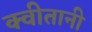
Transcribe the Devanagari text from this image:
क्वीतानी